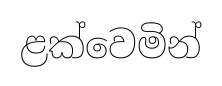
ළක්වෙමින්